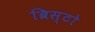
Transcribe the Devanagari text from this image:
ब्रिस्टो